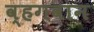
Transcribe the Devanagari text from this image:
व्हगवान